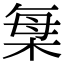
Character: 𣒫